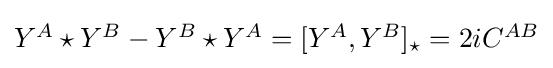
{\textstyle Y^{A}\star Y^{B}-Y^{B}\star Y^{A}=[Y^{A},Y^{B}]_{\star }=2iC^{AB}}